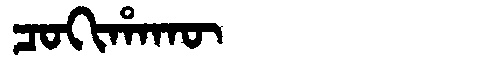
Manchu: ᠴᠣᡴᡳᡥᠠᡴᡡ
Romanization: COKIHAKŪ